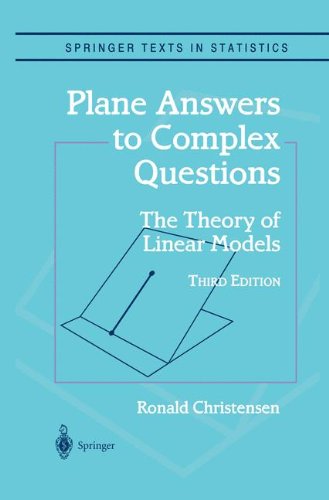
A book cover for Plane Answers to Complex Questions: The Theory of Linear Models (Springer Texts in Statistics); Ronald Christensen; Science & Math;